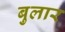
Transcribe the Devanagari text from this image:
बुलार